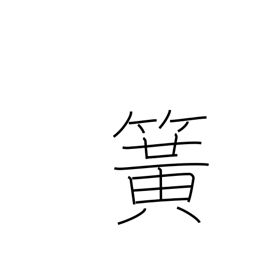
Meaning: flute reed